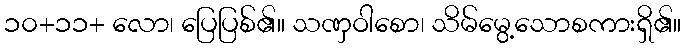
၁၀+၁၁+ လော၊ ပြေပြစ်၏။ သဏှဝါစော၊ သိမ်မွေ့သောစကားရှိ၏။